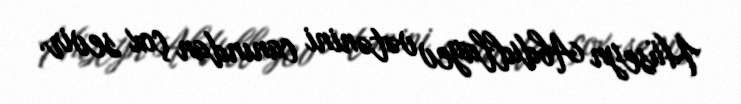
Hüseyn Abdullayev vətənini canından çox sevir.